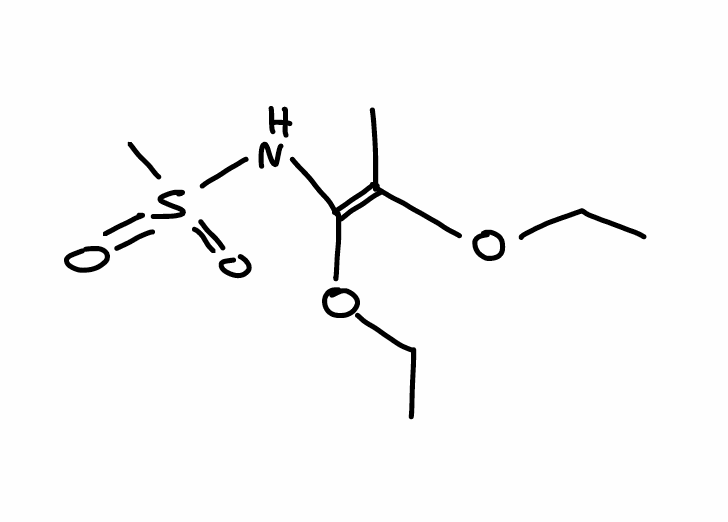
Simplified molecular-input line-entry system (SMILES) notation of the given molecule:
CCO/C(=C(/NS(=O)(=O)C)\OCC)/C